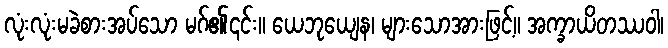
လုံးလုံးမခဲစားအပ်သော မဂ်၏၎င်း။ ယေဘုယျေန၊ များသောအားဖြင့်။ အက္ခာယိတဿဝါ၊